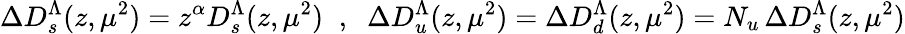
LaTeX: \Delta D_{s}^{\Lambda}(z,\mu^{2})=z^{\alpha}D_{s}^{\Lambda}(z,\mu^{2})\; \; ,\; \; \Delta D_{u}^{\Lambda}(z,\mu^{2})=\Delta D_{d}^{\Lambda}(z,\mu^{2})=N_{u}\, \Delta D_{s}^{\Lambda}(z,\mu^{2})